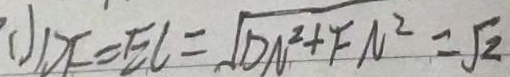
( 1 ) D F = E C = \sqrt { D N ^ { 2 } + F N ^ { 2 } } = \sqrt { 2 }